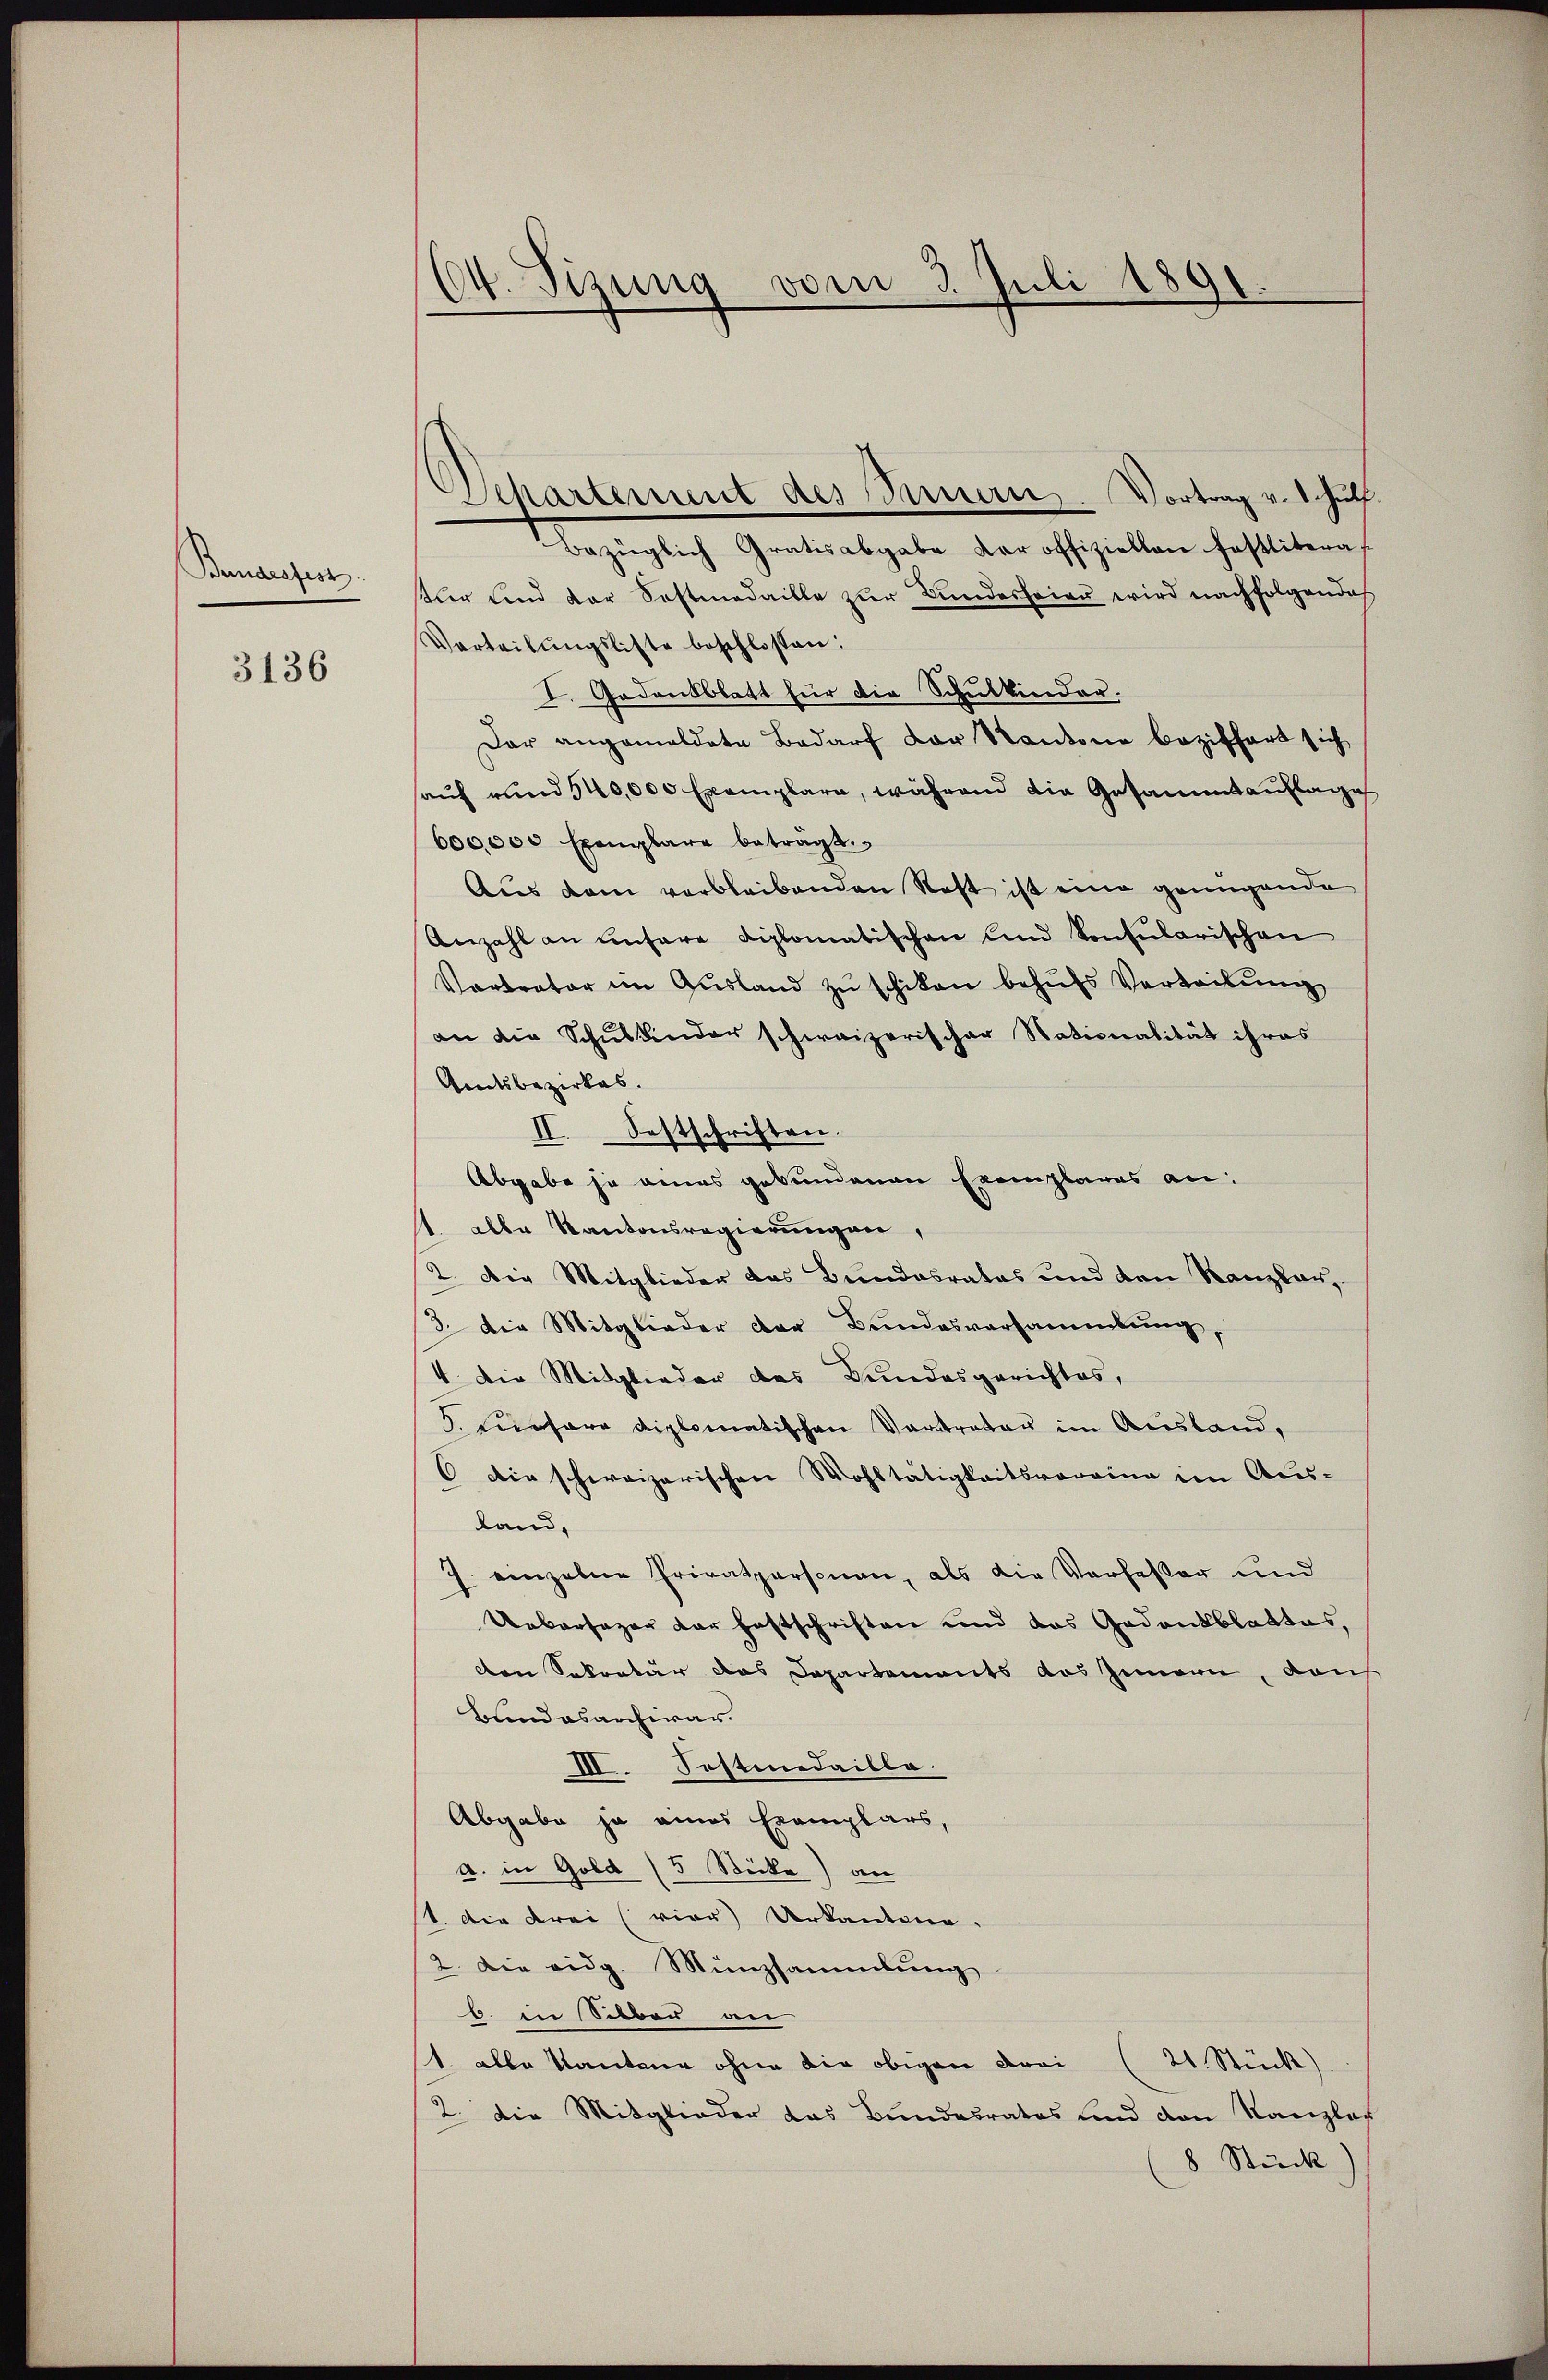
Banarofess

3136

14. Sizung vom 3. Juli 1891.

Departement des Innern. Vortrag v. 1. Hülf

Bezüglich Gratisabgabe dar offiziellen fastlitera
tur und der Sestmedaille zur Bundesfeier wird nachfolgendes
Verteilŭngsliste beschlossen:
I. Gedensblatt für die Schulkinder.
Dar angemeldete Bedarf der Kantone beziffert sich
auf rund 540,000 Exemplare, während die Gesammtauflage
600,000 Exemplare beträgt.
Aus dem verbleibenden Rost ist eine genügende
Anzahl an unsere Diplomatischen und konsularischen
Vortrator im Ausland zŭ schikon behufs Vertribung
an die Schŭlkinder schweizerischer Nationalität ihres
Amtsbezirkes.
II. Sestschriften.
Abgabe ja eines gekundenen Exemplares an:
1. alle Kantonsregierungen,
2. Die Mitglieder des Bundesrates und den Kanzler,
3. Die Mitglieder der Bundesversammlung,
4 Die Mitglieder des Bundesgerichtes,
5. Cesare diplomatischen Vertrater im Ausland,
6 die schweizerischen Wohltätigkeitsvoreine im Aus-
land,
7. einzelne Privatpersonen, als die Verfester und
Uebersazer der Festschriften und das Gedankblaktes,
den Sekretär das Departements das Zimmern, dan
Bundesarchivar.
III. Festinedaille.
Abgabe ja eines Exemplars,
a. in Gold (5 Stücke) an
st. Die drei (vier Urkantone.
2. Die eidg. Münzsammlung
b. in Silber an
st alle Kantone ohne die obigen drei (21. Stück)
2. Die Mitglieder das Bundesrates und den Kanzler
8 Stück